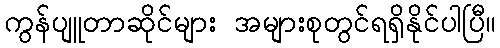
ကွန်ပျူတာဆိုင်များ အများစုတွင်ရရှိနိုင်ပါပြီ။